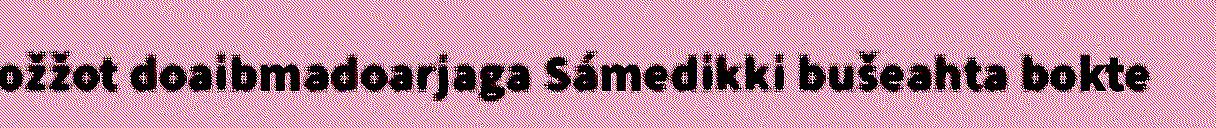
ožžot doaibmadoarjaga Sámedikki bušeahta bokte